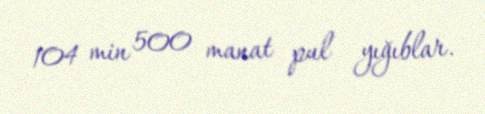
104 min 500 manat pul yığıblar.